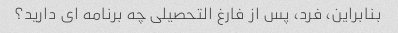
بنابراین، فرد، پس از فارغ التحصیلی چه برنامه ای دارید؟